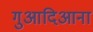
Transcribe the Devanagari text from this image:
गुआदिआना